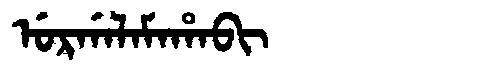
Manchu: ᡠᡵᡤᠠᠯᠠᠮᠠᡥᠠᠪᡳ
Romanization: URGALAMAHABI